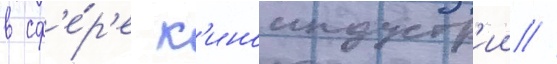
в сф'е́р'е к'иноиндустр'ии /